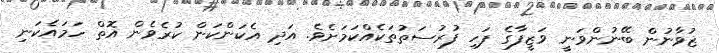
ޒުވާނުން ބޭނުންވަނީ ވަޒީފާގެ ފަހި ފުރުސަތުތަކެއްކަމަށެވެ. އަދި އެކަންކަން ކުރެވެން އޮތް ހަމައެކަނި